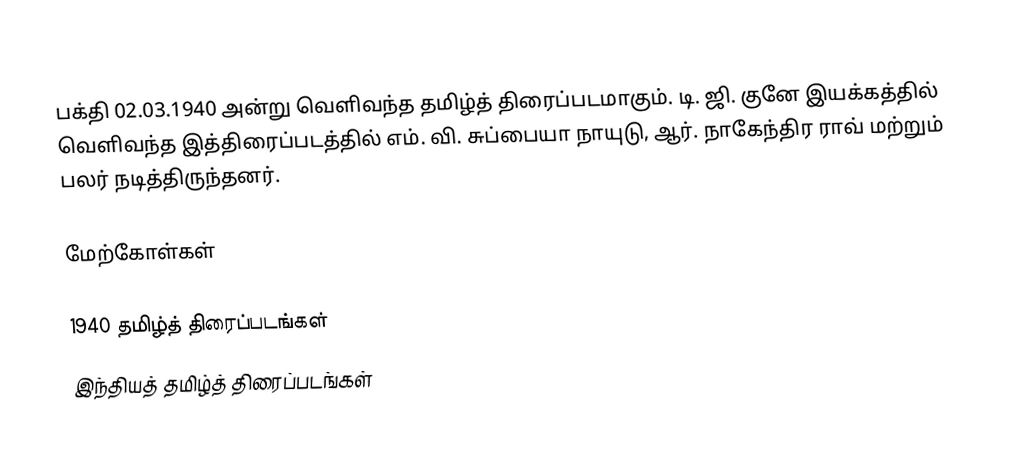
பக்தி 02.03.1940 அன்று வெளிவந்த தமிழ்த் திரைப்படமாகும். டி. ஜி. குனே இயக்கத்தில் வெளிவந்த இத்திரைப்படத்தில் எம். வி. சுப்பையா நாயுடு, ஆர். நாகேந்திர ராவ் மற்றும் பலர் நடித்திருந்தனர்.

மேற்கோள்கள்

1940 தமிழ்த் திரைப்படங்கள்
இந்தியத் தமிழ்த் திரைப்படங்கள்